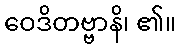
ဝေဒိတဗ္ဗာနိ၊ ၏။